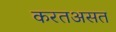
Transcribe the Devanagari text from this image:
करतअसत